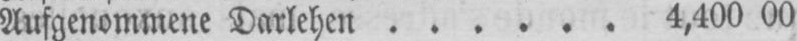
Aufgenommene Darlehen . . . . . . 4,400 00